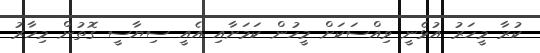
ކުރާ މީހަރު އުޅެނީ ވިއްސަކަށް މީހުން ކަމަށާއި އެއީ ސިޔާސީ ގޮތުން މިހާރު